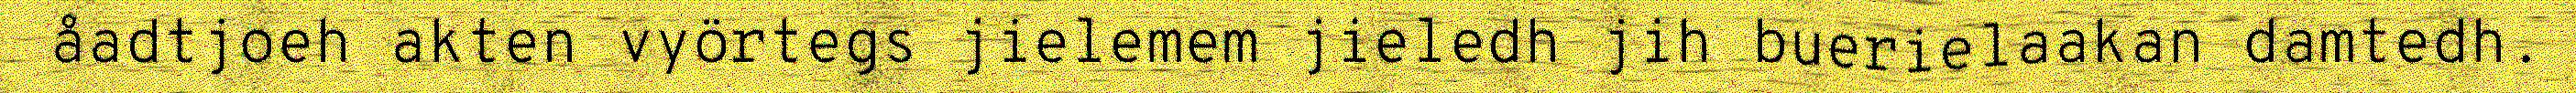
åadtjoeh akten vyörtegs jielemem jieledh jih buerielaakan damtedh.